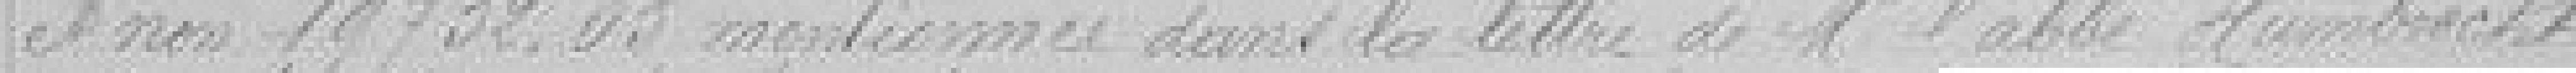
et non 19732.05 mentionnée dans la lettre de Monsieur l'abbé Humbrecht